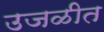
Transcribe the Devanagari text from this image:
उजळीत